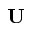
\mathbf { U }